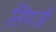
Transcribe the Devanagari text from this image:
सिंगजी